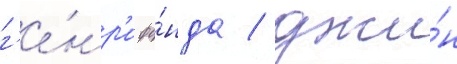
г'е́нр'и фо́нда / джи́н